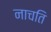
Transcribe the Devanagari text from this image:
नाचति